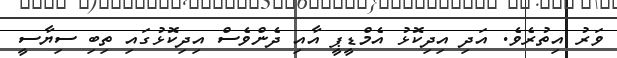
ވަރު އިތުރެވެ. އަދި އިދިކޮޅު އެމްޑީޕީ އާއި ދެންވެސް އިދިކޮޅުގައި ތިބި ސިޔާސީ